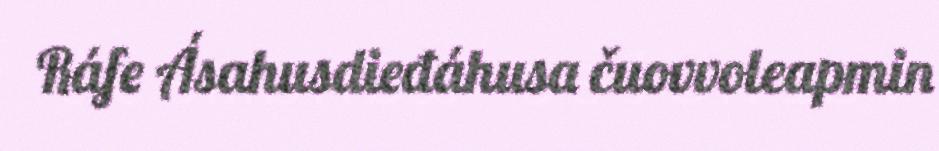
Ráfe Ásahusdieđáhusa čuovvoleapmin